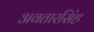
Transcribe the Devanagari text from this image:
अवतारसिंह